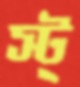
স্ট্